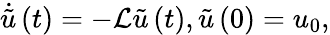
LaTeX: \dot{\tilde{u}}\left(t\right)=-\mathcal{L}\tilde{u}\left(t\right),\tilde{u}\left(0\right)=u_{0},